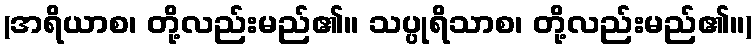
(အရိယာစ၊ တို့လည်းမည်၏။ သပ္ပုရိသာစ၊ တို့လည်းမည်၏။)